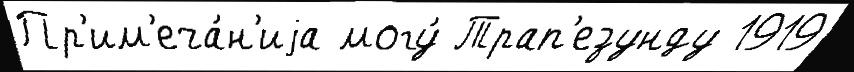
Пр'им'еча́н'иjа могу́ Трап'езунду 1919